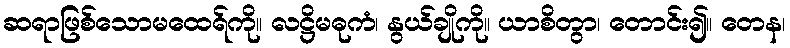
ဆရာဖြစ်သောမထေရ်ကို။ လဋ္ဌိမဓုကံ၊ နွယ်ချိုကို။ ယာစိတွာ၊ တောင်း၍။ တေန၊